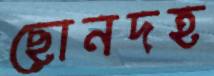
ছোনদহ